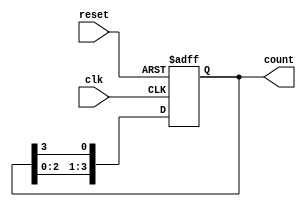
module binary_ring_counter (
    input wire clk,            // Clock input
    input wire reset,          // Asynchronous reset input
    output reg [N-1:0] count   // Output of the ring counter
);

parameter N = 4; // Number of bits in the ring counter

// Initialize the counter to '1000' for a 4-bit ring counter
always @(posedge clk or posedge reset) begin
    if (reset) begin
        count <= 1'b1; // Reset to '1000' for a 4-bit counter
    end else begin
        count <= {count[N-2:0], count[N-1]}; // Shift the bits
    end
end

endmodule